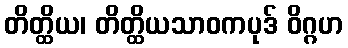
တိတ္ထိယ၊ တိတ္ထိယသာဝကပုဒ် ဝိဂ္ဂဟ